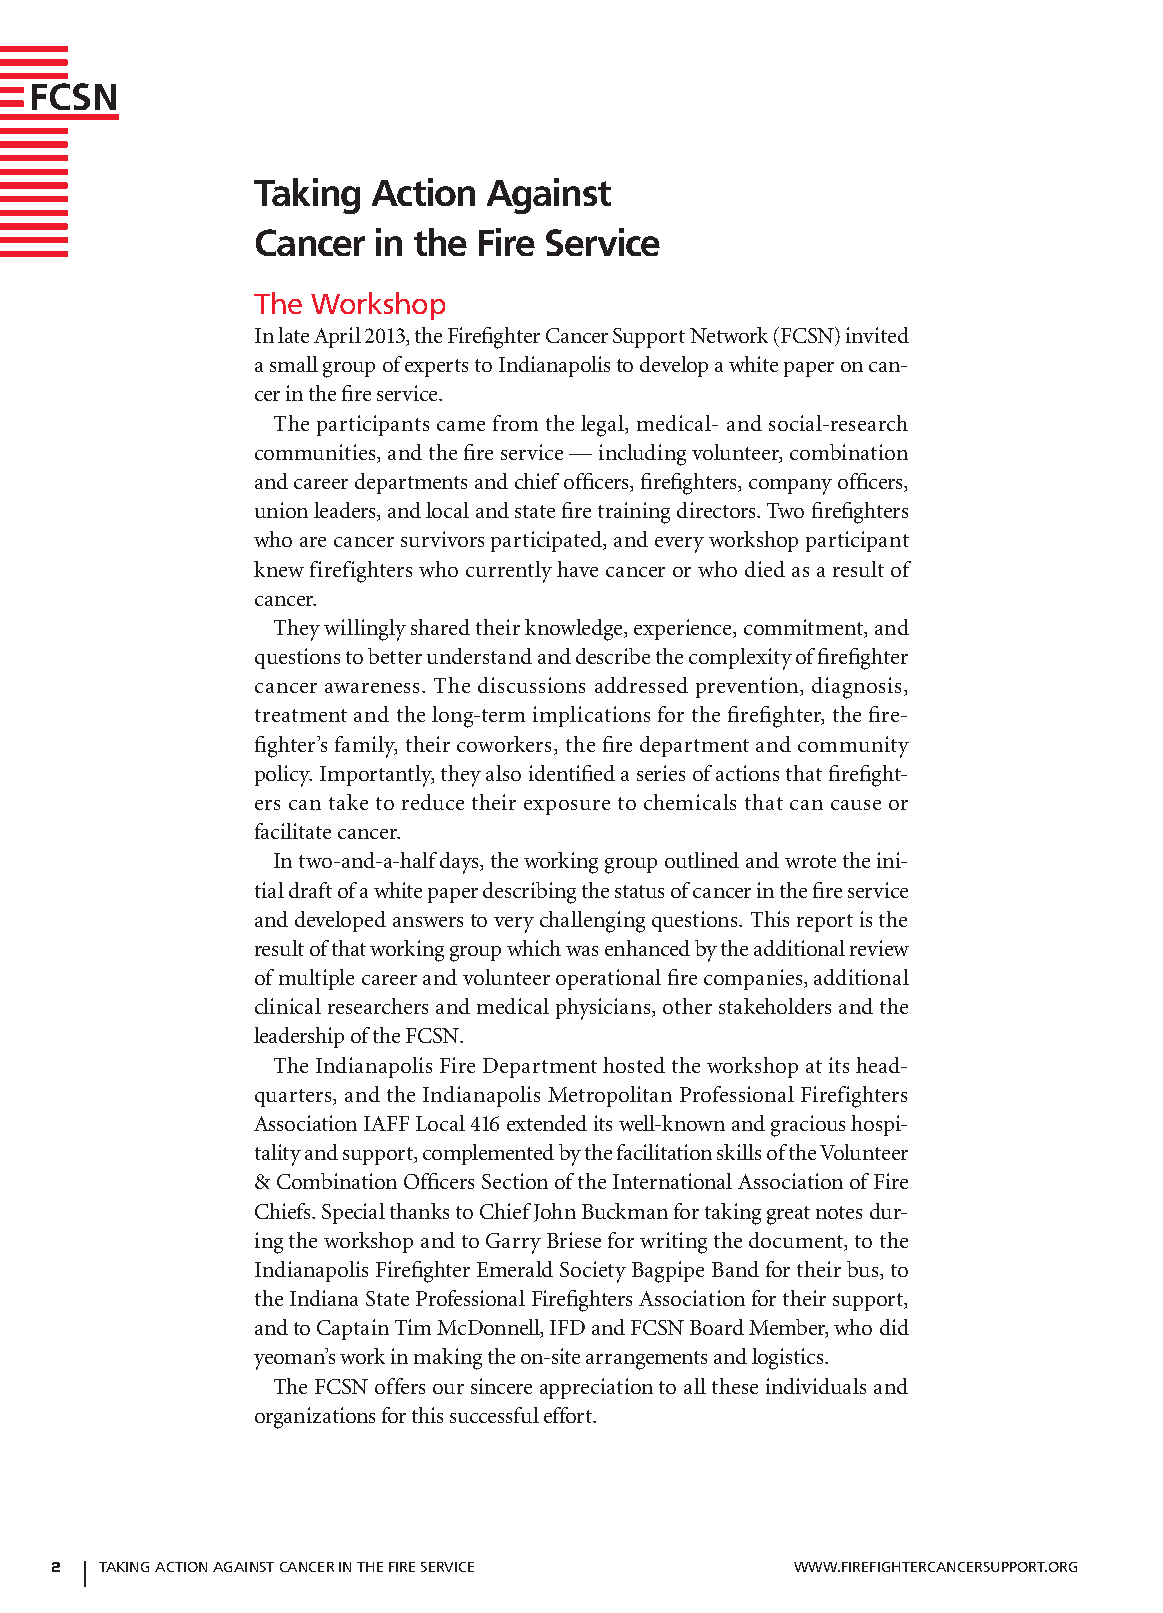
FCSN
 Taking  Action Against
 Cancer  in the Fire Service
 The Workshop
 In late April 2013, the Firefighter Cancer Support Network (FCSN) invited
 a small group of experts to Indianapolis to develop a white paper on can-
 cer in the fire service.
 The participants came from the legal, medical- and social-research
 communities, and the fire service — including volunteer, combination
 and career departments and chief officers, firefighters, company officers,
 union leaders, and local and state fire training directors. Two firefighters
 who are cancer survivors participated, and every workshop participant
 knew firefighters who currently have cancer or who died as a result of
 cancer.
 They willingly shared their knowledge, experience, commitment, and
 questions to better understand and describe the complexity of firefighter
 cancer awareness. The discussions addressed prevention, diagnosis,
 treatment and the long-term implications for the firefighter, the fire-
 fighter’s family, their coworkers, the fire department and community
 policy. Importantly, they also identified a series of actions that firefight-
 ers can take to reduce their exposure to chemicals that can cause or
 facilitate cancer.
 In two-and-a-half days, the working group outlined and wrote the ini-
 tial draft of a white paper describing the status of cancer in the fire service
 and developed answers to very challenging questions. This report is the
 result of that working group which was enhanced by the additional review
 of multiple career and volunteer operational fire companies, additional
 clinical researchers and medical physicians, other stakeholders and the
 leadership of the FCSN.
 The Indianapolis Fire Department hosted the workshop at its head-
 quarters, and the Indianapolis Metropolitan Professional Firefighters
 Association IAFF Local 416 extended its well-known and gracious hospi-
 tality and support, complemented by the facilitation skills of the Volunteer
 & Combination Officers Section of the International Association of Fire
 Chiefs. Special thanks to Chief John Buckman for taking great notes dur-
 ing the workshop and to Garry Briese for writing the document, to the
 Indianapolis Firefighter Emerald Society Bagpipe Band for their bus, to
 the Indiana State Professional Firefighters Association for their support,
 and to Captain Tim McDonnell, IFD and FCSN Board Member, who did
 yeoman’s work in making the on-site arrangements and logistics.
 The FCSN offers our sincere appreciation to all these individuals and
 organizations for this successful effort.
 2   TAking AcTion AgAinST cAnceR in THe FiRe SeRvice WWW.FiReFigHTeRcAnceRSuPPoRT.oRg